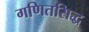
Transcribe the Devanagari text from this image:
गणितसिद्ध